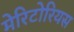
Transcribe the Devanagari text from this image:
मेरिटोरियस